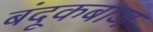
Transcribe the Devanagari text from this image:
बंदूकबाज